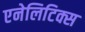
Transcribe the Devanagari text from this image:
एनेलिटिक्स